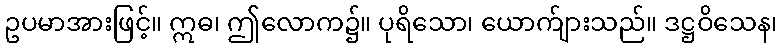
ဥပမာအားဖြင့်။ ဣဓ၊ ဤလောက၌။ ပုရိသော၊ ယောက်ျားသည်။ ဒဋ္ဌဝိသေန၊